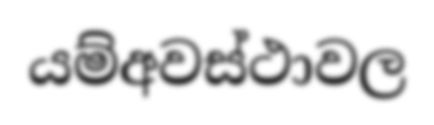
යම්අවස්ථාවල